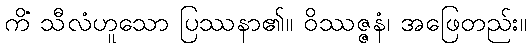
ကိံ သီလံဟူသော ပြဿနာ၏။ ဝိဿဇ္ဇနံ၊ အဖြေတည်း။